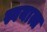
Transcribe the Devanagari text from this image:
स्वयात्त